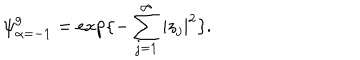
LaTeX: \psi _ { \alpha = - 1 } ^ { g } = \exp \{ - \sum _ { j = 1 } ^ { \infty } | z _ { j } | ^ { 2 } \} .